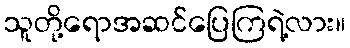
သူတို့ရောအဆင်ပြေကြရဲ့လား။